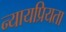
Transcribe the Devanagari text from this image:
न्‍यायप्रियता